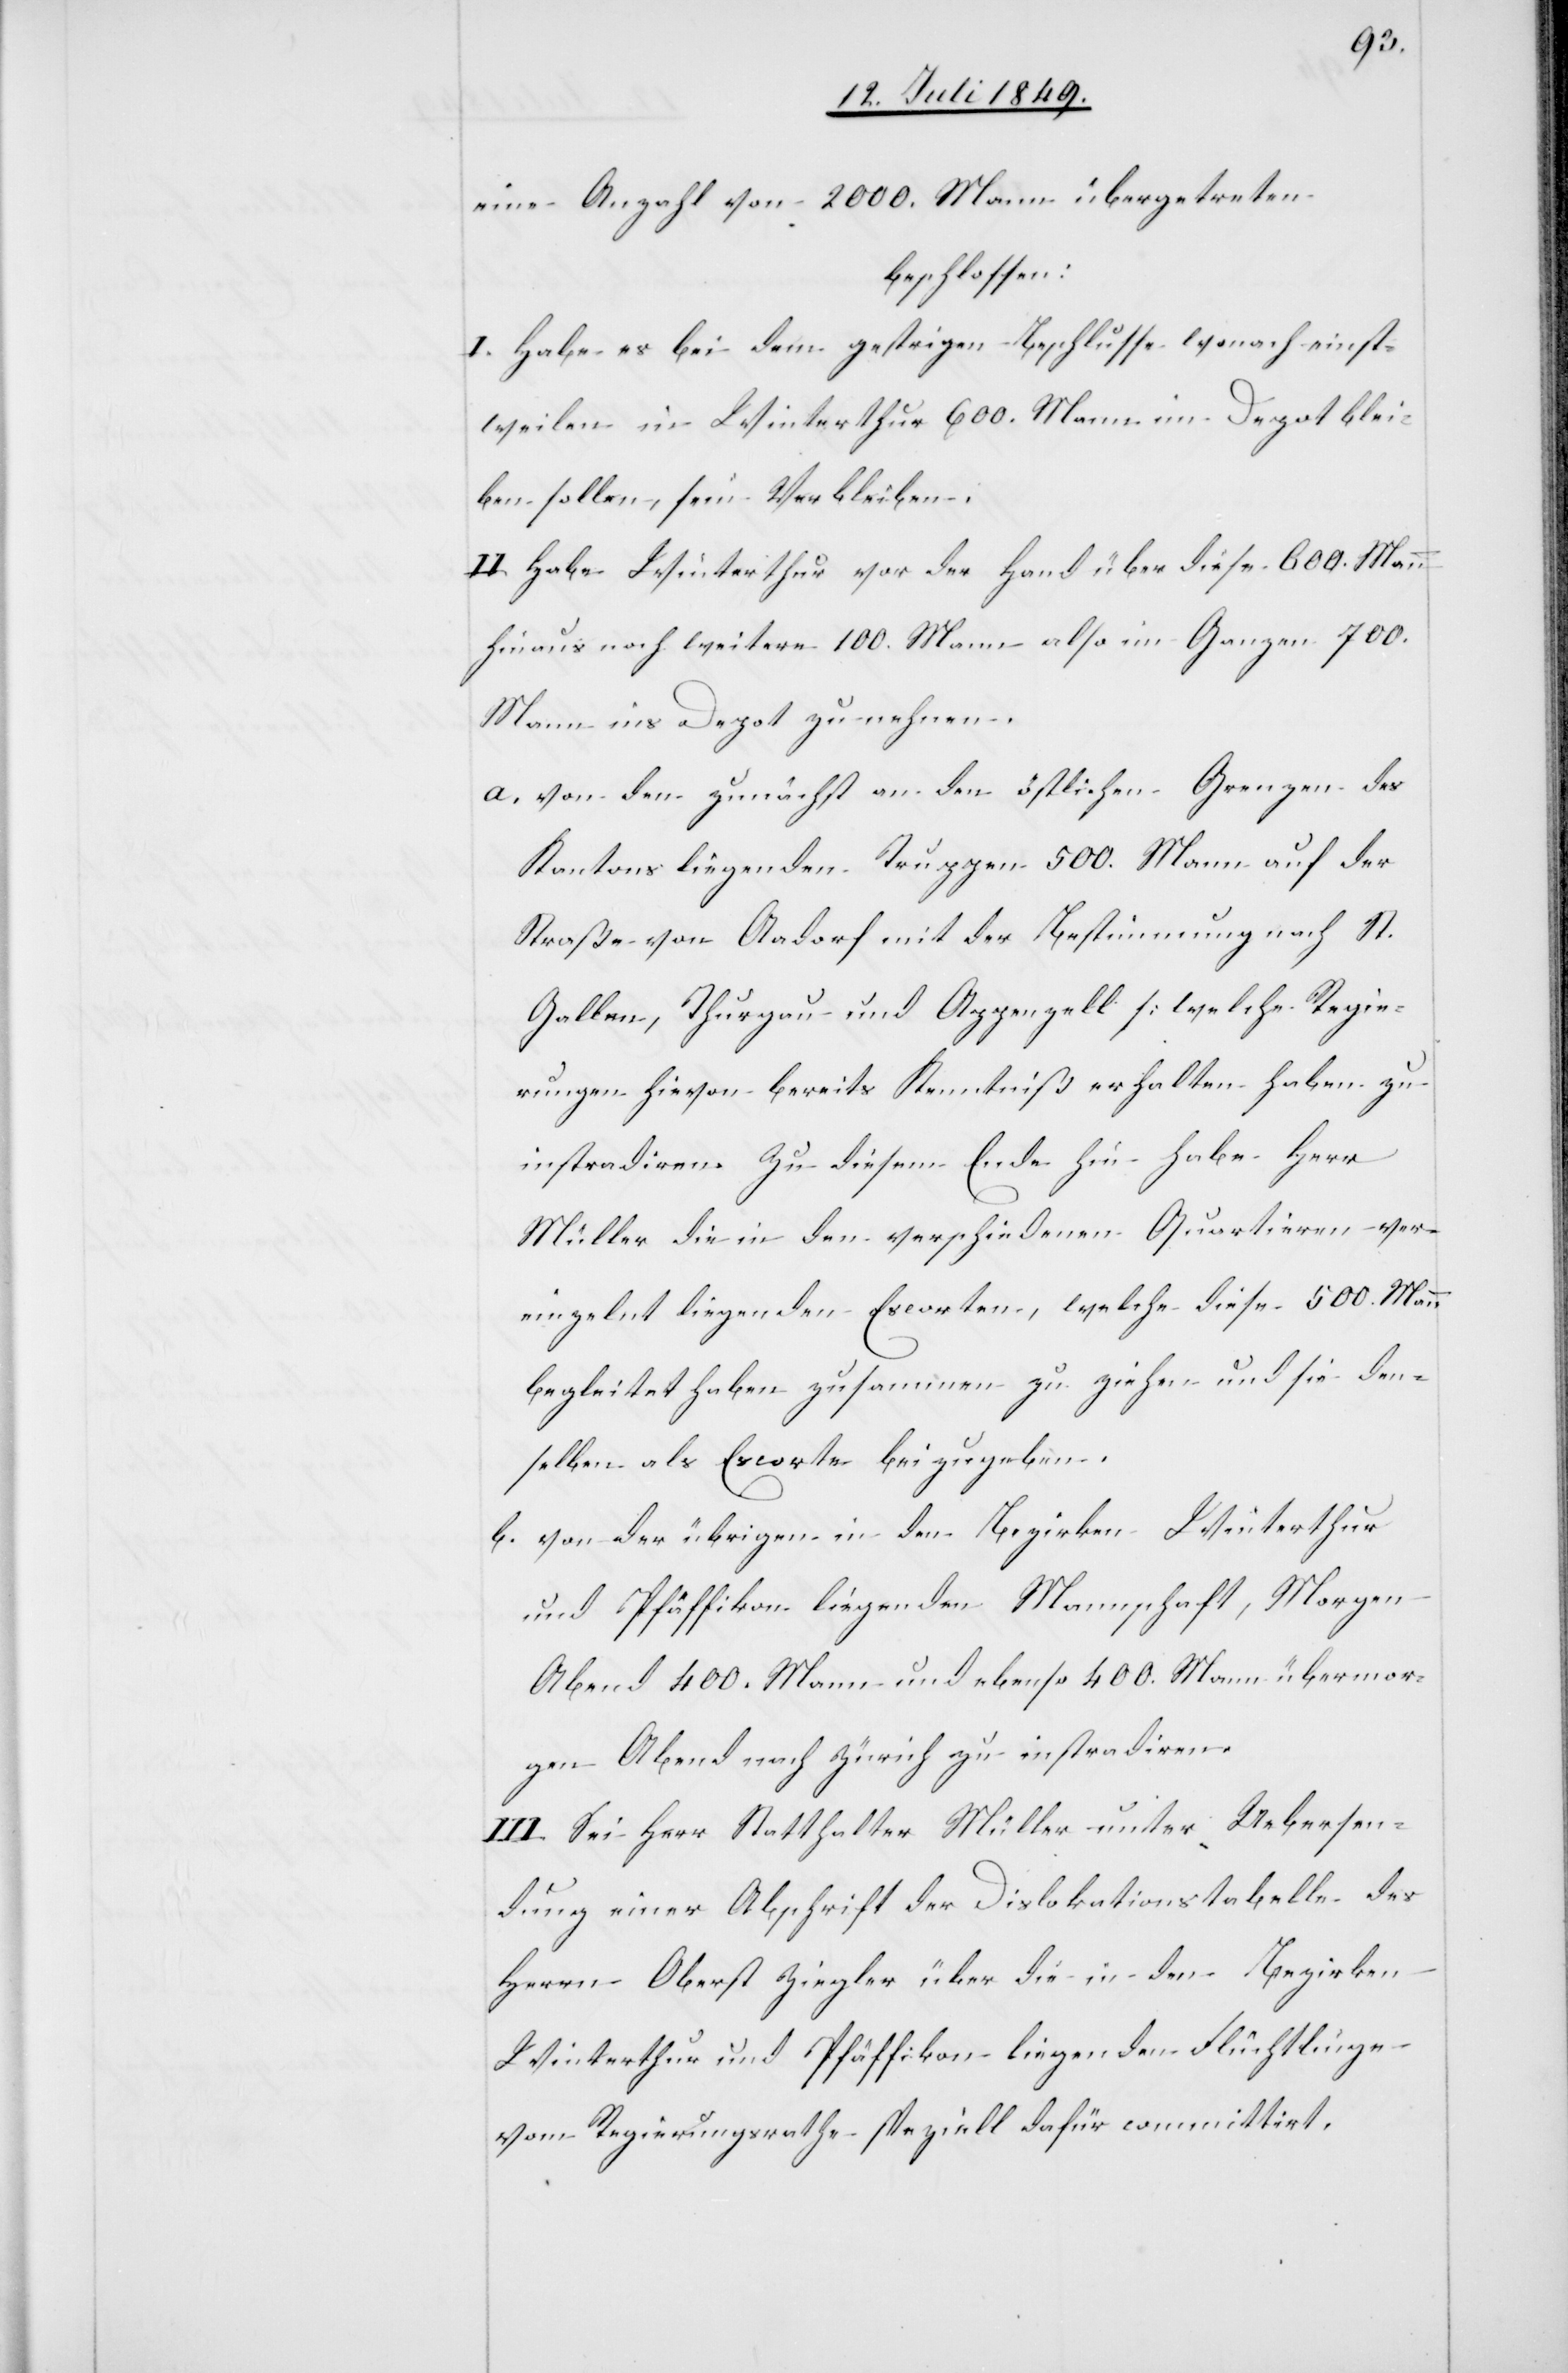
eine Anzahl von 2 000. Mann übergetreten
beschlossen:
I. Habe es bei dem gestrigen Beschlusse wonach einst¬
weilen in Winterthur 600. Mann im Depot blei¬
ben sollen, sein Verbleiben.
II. Habe Winterthur vor der Hand über diese 600. Mann
hinaus noch weitere 100. Mann also im Ganzen 700.
Mann ins Depot zu nehmen.
a. 	von den zunächst an den östlichen Grenzen des
Kantons liegenden Truppen 500. Mann auf der
Straße von Aadorf mit der Bestimmung nach St.
Gallen, Thurgau und Appenzell [welche Regie¬
rungen hievon bereits Kenntniß erhalten haben zu
instradiren. Zu diesem Ende hin habe Herr
Müller die in den verschiedenen Quartieren ver¬
einzelnt liegenden Escorten, welche diese 500. Mann
begleitet haben zusammen zu ziehen und sie den¬
selben als Escorte beizugeben.
b. 	von der übrigen in den Bezirken Winterthur
und Pfäffikon liegenden Mannschaft, Morgen
Abend 400. Mann und ebenso 400. Mann übermor¬
gen Abend nach Zürich zu instradiren.
III. Sei Herr Statthalter Müller unter Uebersen¬
dung einer Abschrift der Dislokationstabelle des
Herrn Oberst Ziegler über die in den Bezirken
Winterthur und Pfäffikon liegenden Flüchtlinge
vom Regierungsrathe speziell dafür committirt.